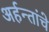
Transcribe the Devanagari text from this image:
अर्हन्तांचे